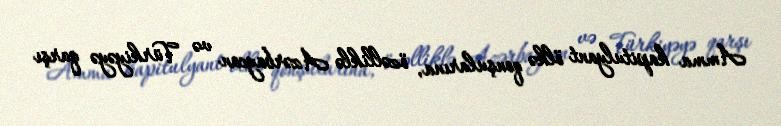
Amma kapitulyant ölkə qonşularına, özəlliklə Azərbaycan və Türkiyəyə qarşı